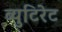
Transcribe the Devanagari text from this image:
ब्युटिरेट